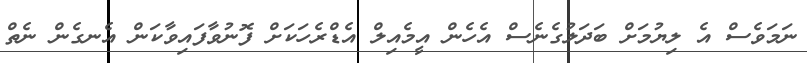
ނަމަވެސް އެ ލިޔުމަށް ބަދަލުގެނެސް އެހެން އީމެއިލް އެޑްރެހަކަށް ފޮނުވާފައިވާކަން އެނގެން ނެތް